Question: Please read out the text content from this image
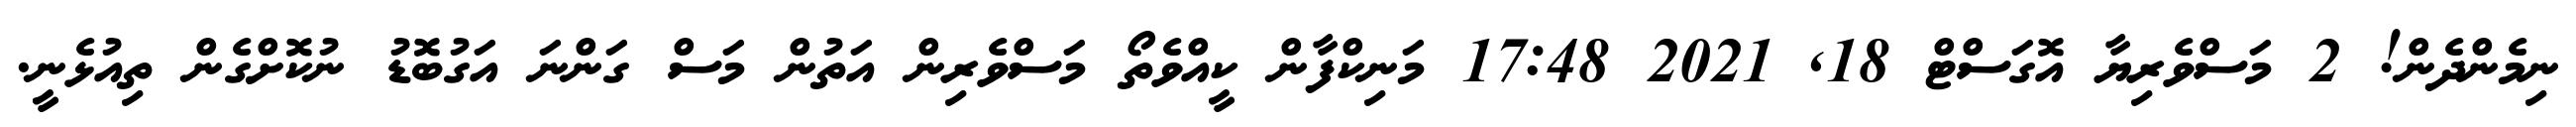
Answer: ނިމެންދެން! 2 މަސްވެރިޔާ އޮގަސްޓް 18, 2021 17:48 މަނިކްފާން ކީއްވެތޯ މަސްވެރިން އަތުން މަސް ގަންނަ އަގުބޮޑު ނުކޮށްގެން ތިއުޅެނީ.